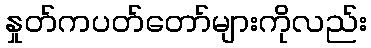
နှုတ်ကပတ်တော်များကိုလည်း